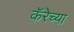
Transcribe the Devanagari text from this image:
कॅरेच्या